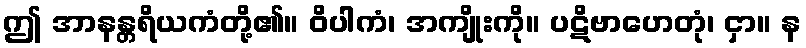
ဤ အာနန္တရိယကံတို့၏။ ဝိပါကံ၊ အကျိုးကို။ ပဋိဗာဟေတုံ၊ ငှာ။ န